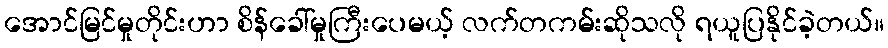
အောင်မြင်မှုတိုင်းဟာ စိန်ခေါ်မှုကြီးပေမယ့် လက်တကမ်းဆိုသလို ရယူပြနိုင်ခဲ့တယ်။